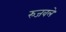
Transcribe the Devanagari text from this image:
रुजवले